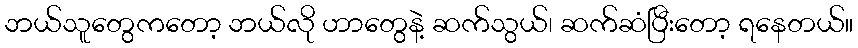
ဘယ်သူတွေကတော့ ဘယ်လို ဟာတွေနဲ့ ဆက်သွယ်၊ ဆက်ဆံပြီးတော့ ရနေတယ်။